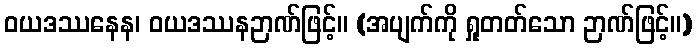
ဝယဒဿနေန၊ ဝယဒဿနဉာဏ်ဖြင့်။ (အပျက်ကို ရှုတတ်သော ဉာဏ်ဖြင့်။)